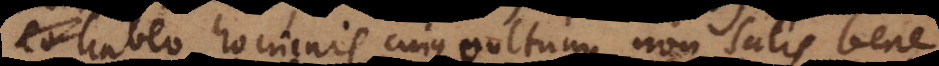
habeo hominis cujus vultum non satis bene